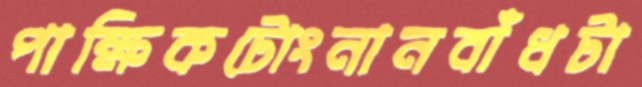
পাক্ষিকটোংনানবাঁধটা